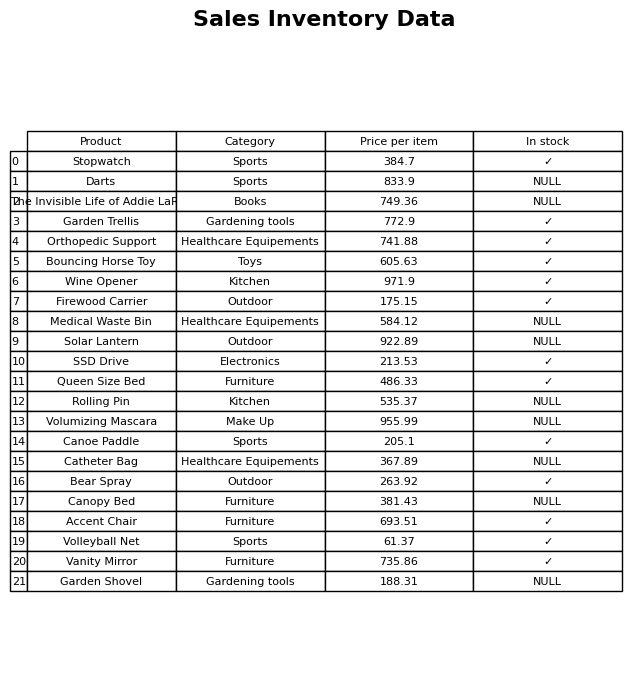
question: What is the price for Solar Lantern?
answer: The price of Solar Lantern is 922.89.